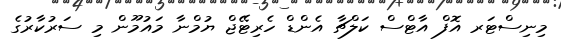
މިނިސްޓަރ އޮފް އާޓްސް ކަލްޗާ އެންޑް ހެރިޓޭޖް ޔުމްނާ މައުމޫން މި ސަރުކާރުގެ